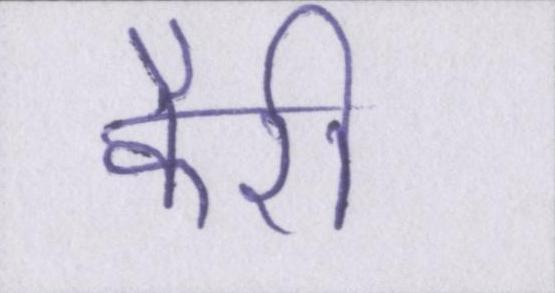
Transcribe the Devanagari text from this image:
कैरी